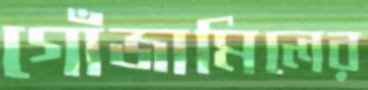
গোঁজামিলের